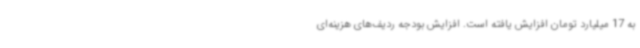
به 17 میلیارد تومان افزایش یافته است. افزایش بودجه ردیف‌های هزینه‌ای